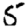
Digit: 5